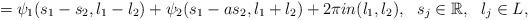
LaTeX: \begin{align*}=\psi_1(s_1-s_2, l_1-l_2)+\psi_2(s_1-a s_2, l_1+l_2)+2\pi in(l_1, l_2), \ \ s_j\in \mathbb{R}, \ \ l_j\in L,\end{align*}